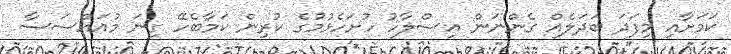
ކަމަށާއި މިފަދަ ބަދަލެއް ގެންނަން އިސްލާހު ހުށަހެޅުމުގެ ކުރިން ކަމާބެހޭ ގިނަ މުއައްސަސާ